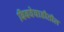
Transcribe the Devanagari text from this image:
बिबवेवाडीतील